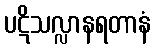
ပဋိသလ္လာနရတာနံ